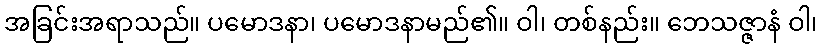
အခြင်းအရာသည်။ ပမောဒနာ၊ ပမောဒနာမည်၏။ ဝါ၊ တစ်နည်း။ ဘေသဇ္ဇာနံ ဝါ၊